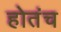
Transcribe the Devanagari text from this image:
होतंच